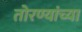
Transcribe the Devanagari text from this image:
तोरण्यांच्या